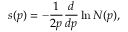
s ( p ) = - { \frac { 1 } { 2 p } } { \frac { d } { d p } } \ln N ( p ) ,